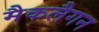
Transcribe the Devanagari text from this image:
मैकलैगन